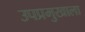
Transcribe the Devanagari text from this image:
उपप्रमुखाला